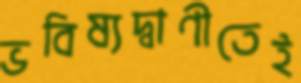
ভবিষ্যদ্বাণীতেই